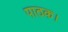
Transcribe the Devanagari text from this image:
पाठक।